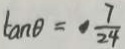
\tan \theta = \frac { 7 } { 2 4 }